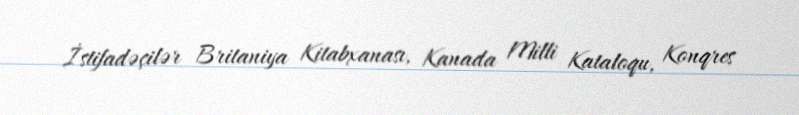
İstifadəçilər Britaniya Kitabxanası, Kanada Milli Kataloqu, Konqres